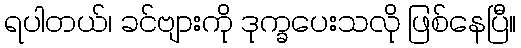
ရပါတယ်၊ ခင်ဗျားကို ဒုက္ခပေးသလို ဖြစ်နေပြီ။